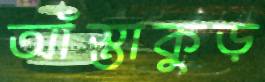
আঁস্তাকুড়